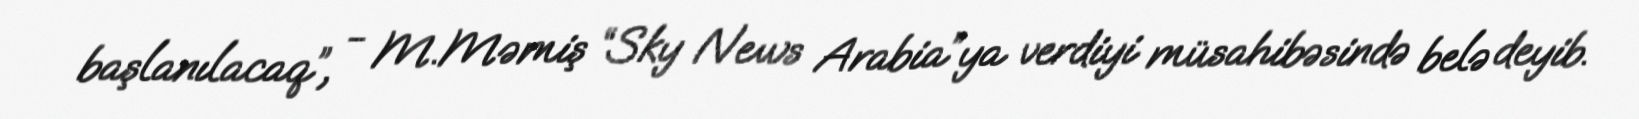
başlanılacaq”, - M.Məmiş “Sky News Arabia”ya verdiyi müsahibəsində belə deyib.